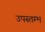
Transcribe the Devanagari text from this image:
उपस्तम्भ